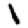
Digit: 1